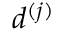
d ^ { ( j ) }